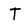
Character: T